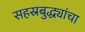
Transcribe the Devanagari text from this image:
सहस्रबुद्ध्यांचा